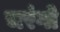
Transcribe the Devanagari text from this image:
चरंगो